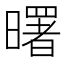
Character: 曙